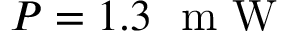
P = 1 . 3 ~ \mathrm { ~ m ~ W ~ }